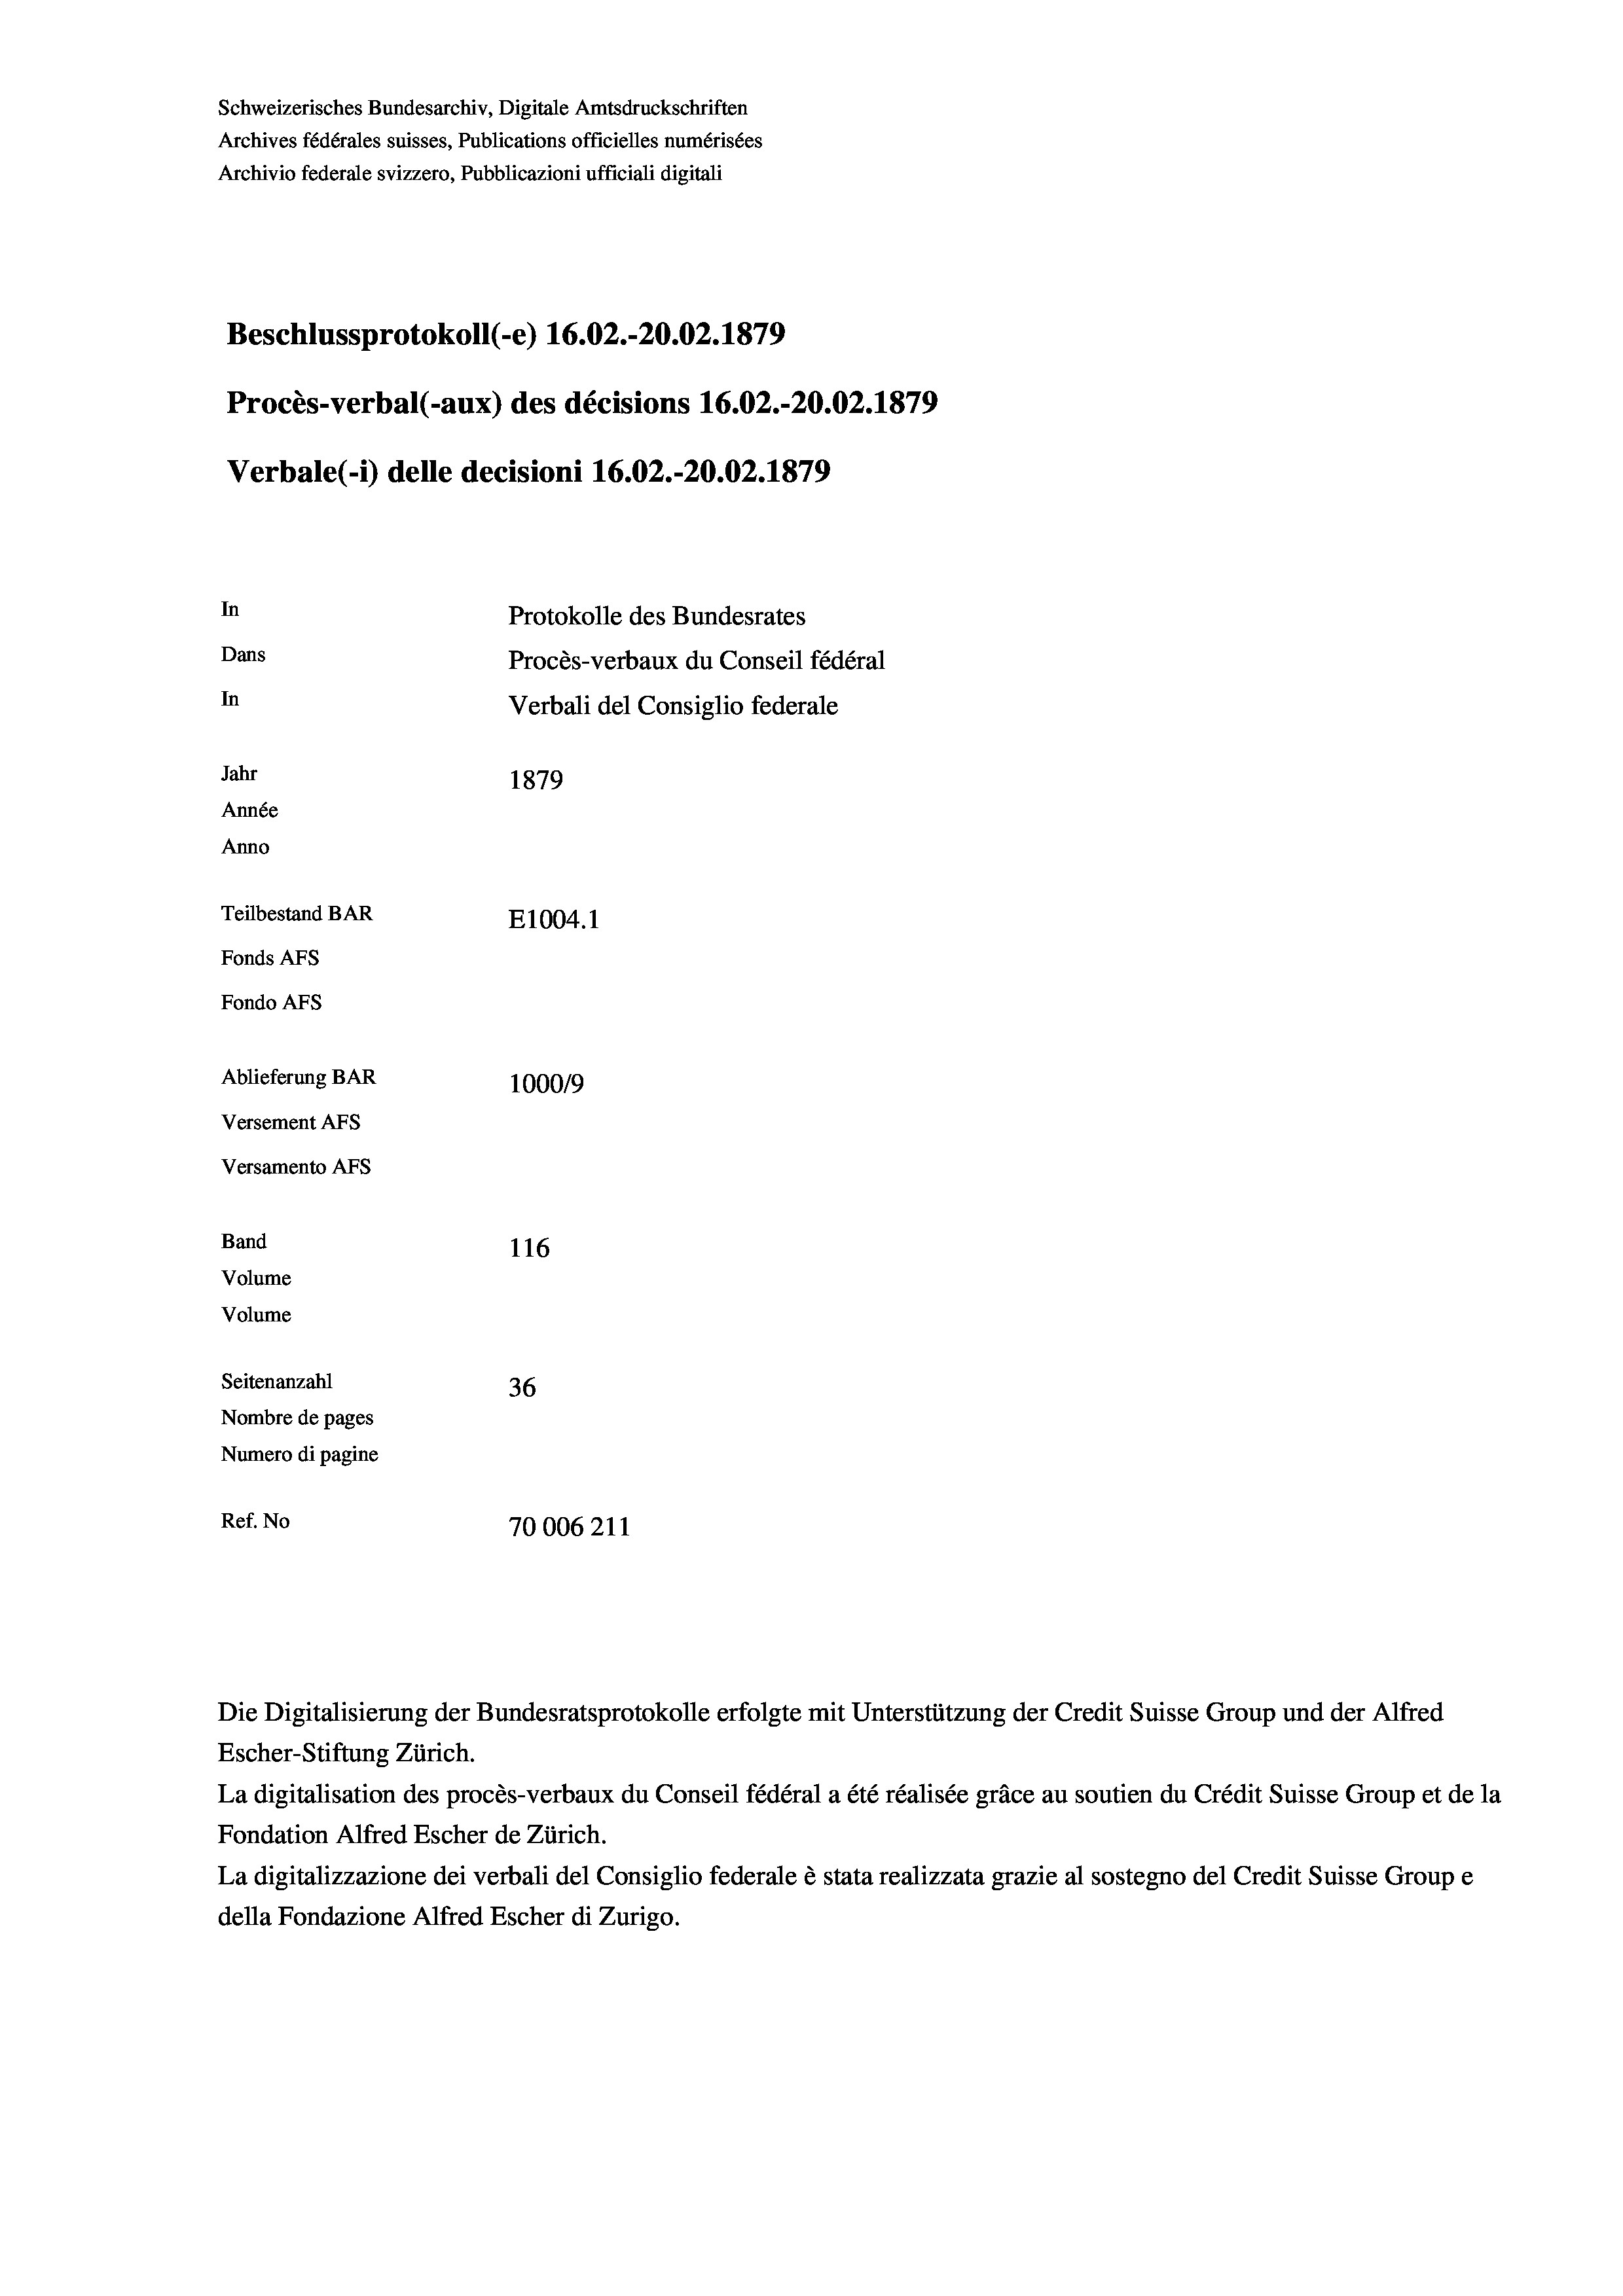
Schweizerisches Bundesarchiv, Digitale Amtsdruckschriften
Archives fédérales suisses, Publications officielles numérisées
Archivio federale svizzero, Pubblicazioni ufficiali digitali
Beschlussprotokoll (e) 16.02.-20.02. 1879
Procès-verbal (-aux) des décisions 16.02.-20.02. 1879
Verbale (i) delle decisioni 16.02.-20.02. 1879
In
Protokolle des Bundesrates
Dans
Procès-verbaux du Conseil fédéral
In
Verbali del Consiglio federale
Jahr
1879
Année
Anno
Teilbestand BAR
E1004.1
Fonds AFs
Fondo AFS
Ablieferung BAR
100019
Versement AFs
Versamento AFs
Band
116
Volume
Volume
Seitenanzahl
36
Nombre de pages
Numero di pagine
Ref. No
70006211

Die Digitalisierung der Bundesratsprotokolle erfolgte mit Unterstützung der Credit Suisse Group und der Alfred
Escher-Stiftung Zürich.
La digitalisation des procès-verbaux du Conseil fédéral a été réalisée gräce au soutien du Crédit Suisse Group et de la
Fondation Alfred Escher de Zürich.
La digitalizzazione dei verbali del Consiglio federale è stata realizzata grazie al sostegno del Credit Suisse Groupe
della Fondazione Alfred Escher di Zurigo.